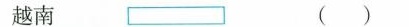
越南()